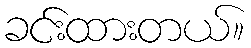
ခင်းထားတယ်။